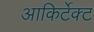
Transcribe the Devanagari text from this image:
आकिर्टेक्ट